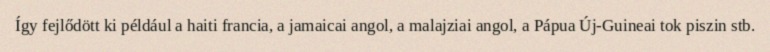
Így fejlődött ki például a haiti francia, a jamaicai angol, a malajziai angol, a Pápua Új-Guineai tok piszin stb.